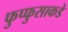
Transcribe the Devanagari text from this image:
फुप्फुसाकडे